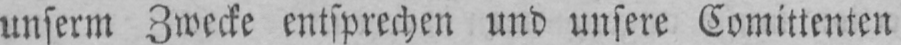
unserm Zwecke entsprechen und unsere Comittenten